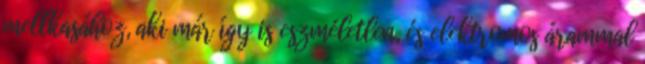
mellkasához, aki már így is eszméletlen, és elektromos árammal